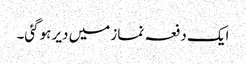
ایک دفعہ نماز میں دیر ہوگئی۔